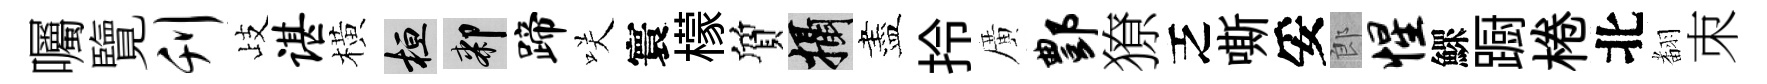
囑覽刊歧谌橫桓膝蹄咲寰檬質攝盡拎廣酆獠乏嘶妥郎惺鰥蹰棬北𮋒朿